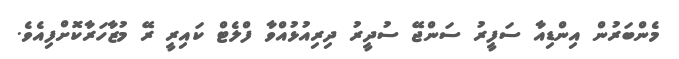
މެންބަރުން އިންޑިއާ ސަފީރު ސަންޖޭ ސުދީރު ދިރިއުޅުއްވާ ފްލެޓް ކައިރީ ރޭ މުޒާހަރާކޮށްފިއެވެ.